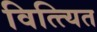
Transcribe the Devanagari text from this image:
वित्त्यित